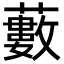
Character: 藪